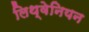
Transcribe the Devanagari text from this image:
लिथ्वेनियन